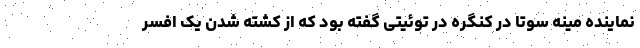
نماینده مینه سوتا در کنگره در توئیتی گفته بود که از کشته شدن یک افسر